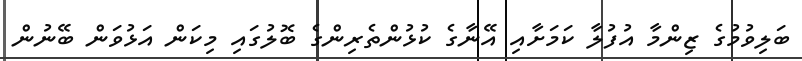
ބަލިވުމުގެ ޒިންމާ އުފުލާ ކަމަށާއި އޭނާގެ ކުޅުންތެރިންގެ ބޮލުގައި މިކަން އަޅުވަން ބޭނުން